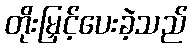
တိုးမြှင့်ပေးခဲ့သည်